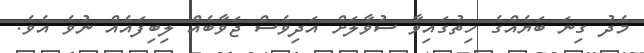
މެދު ގިނަ ބަޔެއްގެ ހިތުގައިވާ ސުވާލަށް އަދިވެސް ޖަވާބެއް ލިބިފައެއް ނުވެ އެވެ.